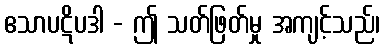
ဧသာပဋိပဒါ - ဤ သတ်ဖြတ်မှု အကျင့်သည်၊